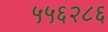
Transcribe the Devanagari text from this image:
५५६२८६